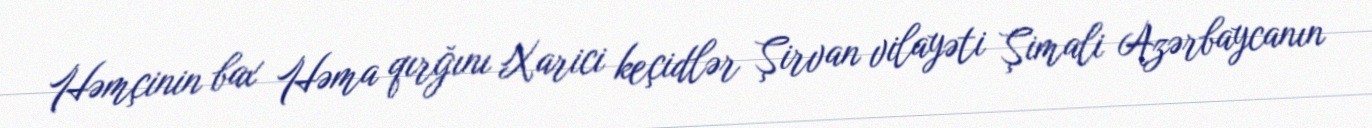
Həmçinin bax Həma qırğını Xarici keçidlər Şirvan vilayəti Şimali Azərbaycanın